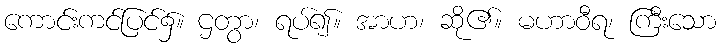
ကောင်းကင်ပြင်၌။ ဌတွာ၊ ရပ်၍။ အာဟ၊ ဆို၏။ မဟာဝီရ၊ ကြီးသော